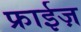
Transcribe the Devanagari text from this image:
फ्राईज़